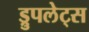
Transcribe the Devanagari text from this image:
ड्रुपलेट्स